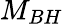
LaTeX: M_{BH}